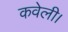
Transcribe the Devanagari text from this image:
कवेली।